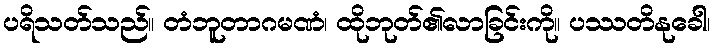
ပရိသတ်သည်။ တံဘူတာဂမဏံ၊ ထိုဘုတ်၏လာခြင်းကို။ ပဿတိနုခေါ၊